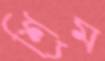
শ্রিম